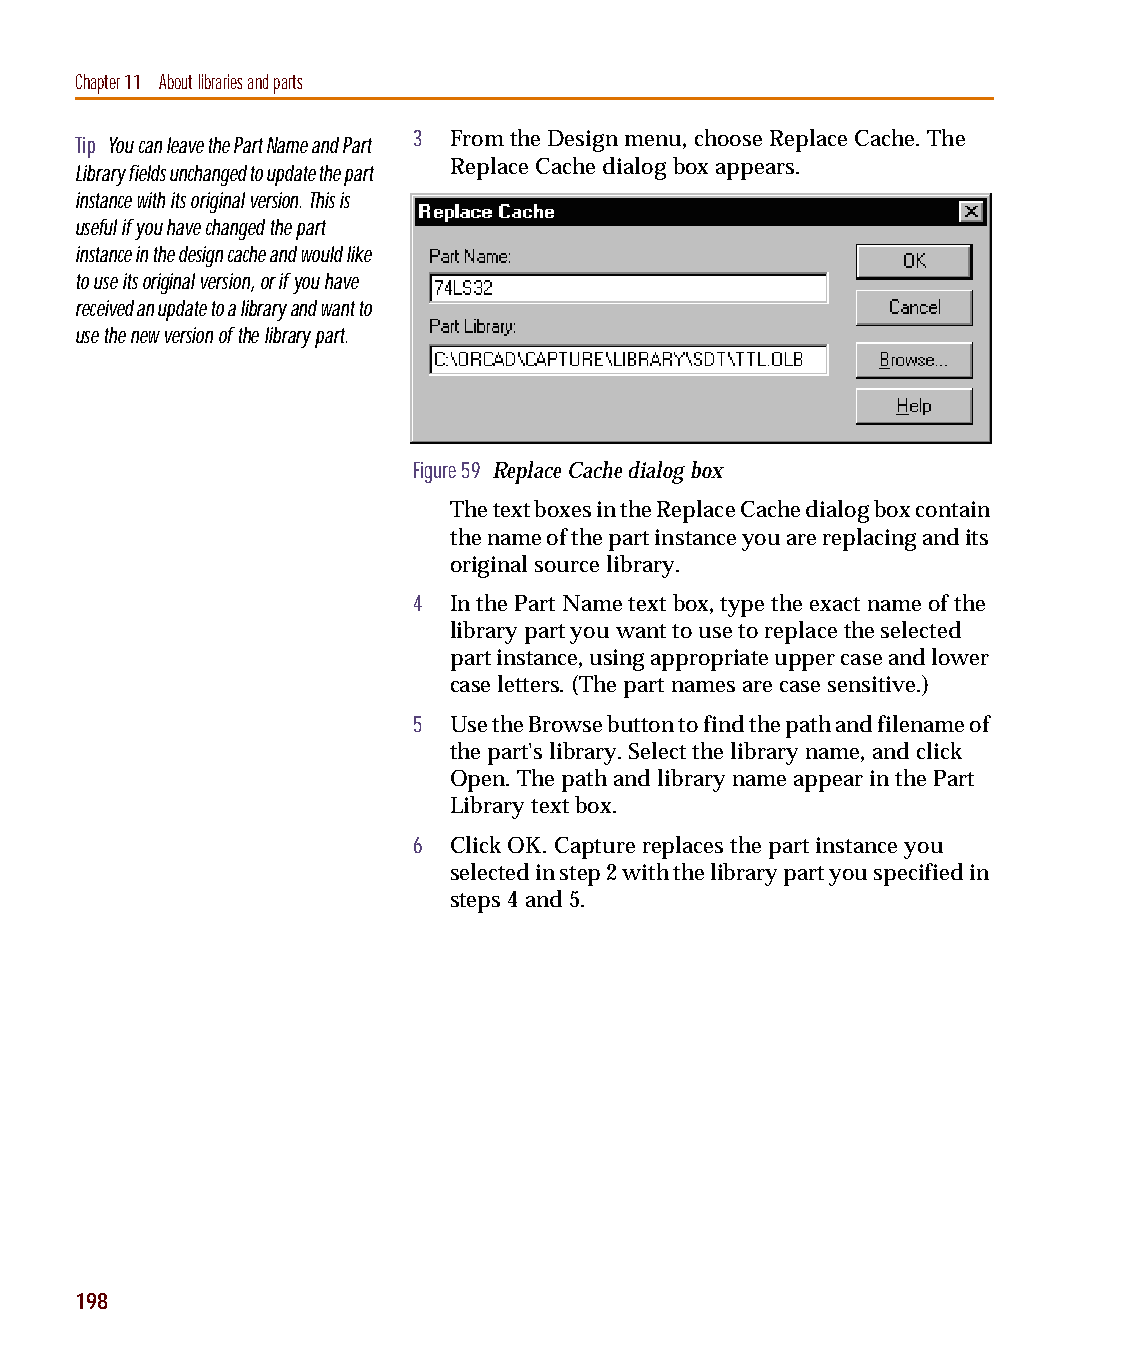
capug.book Page 198 Thursday, November 12, 1998 3:38 PM
 Chapter 11 About libraries and parts
 Tip You can leave the Part Name and Part 3 From the Design menu, choose Replace Cache. The
 Replace Cache dialog box appears.
 Library fields unchanged to update the part
 instance with its original version. This is
 useful if you have changed the part
 instance in the design cache and would like
 to use its original version, or if you have
 received an update to a library and want to
 use the new version of the library part.
 Figure 59 Replace Cache dialog box
 The text boxes in the Replace Cache dialog box contain
 the name of the part instance you are replacing and its
 original source library.
 4  In the Part Name text box, type the exact name of the
 library part you want to use to replace the selected
 part instance, using appropriate upper case and lower
 case letters. (The part names are case sensitive.)
 5  Use the Browse button to find the path and filename of
 the part's library. Select the library name, and click
 Open. The path and library name appear in the Part
 Library text box.
 6  Click OK. Capture replaces the part instance you
 selected in step 2 with the library part you specified in
 steps 4 and 5.
 198